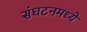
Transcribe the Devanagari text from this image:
संघटनमध्ये